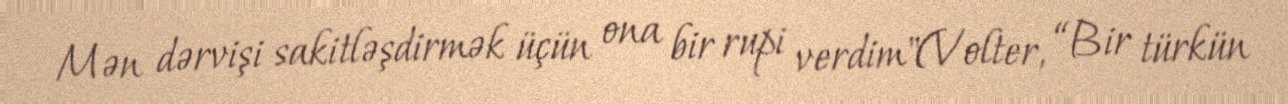
Mən dərvişi sakitləşdirmək üçün ona bir rupi verdim"(Volter, “Bir türkün